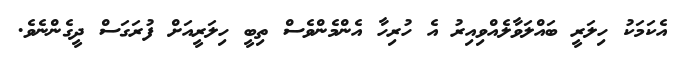
އެކަމަކު ހިލަރީ ބައްލަވާލެއްވިއިރު އެ ހުރިހާ އެންމެންވެސް ތިބީ ހިލަރީއަށް ފުރަގަސް ދީގެންނެވެ.